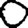
Digit: 0